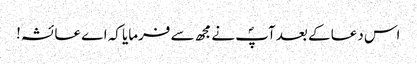
اس دعا کے بعد آپؐ نے مجھ سے فرمایا کہ اے عائشہ!